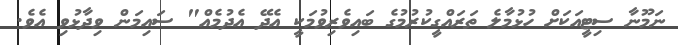
ނަމޫނާ ސިޓީއަކަށް ހުޅުމާލެ ތަރައްގީކުރުމުގެ ބައިވެރިވުމަކީ އެދޭ އެދުމެއް" ސައިމަން ވިދާޅުވި އެވެ.